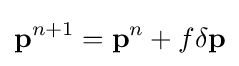
\mathbf {p} ^{n+1}=\mathbf {p} ^{n}+f\mathbf {\delta p}